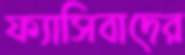
ফ্যাসিবাদের